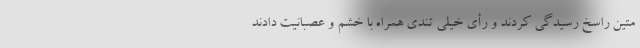
متین راسخ رسیدگی کردند و رأی خیلی تندی همراه با خشم و عصبانیت دادند